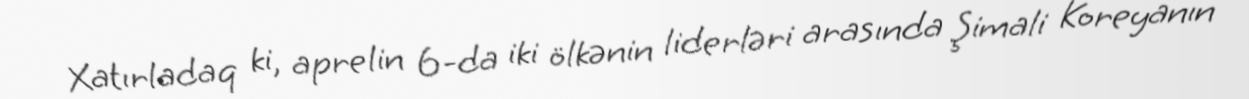
Xatırladaq ki, aprelin 6-da iki ölkənin liderləri arasında Şimali Koreyanın